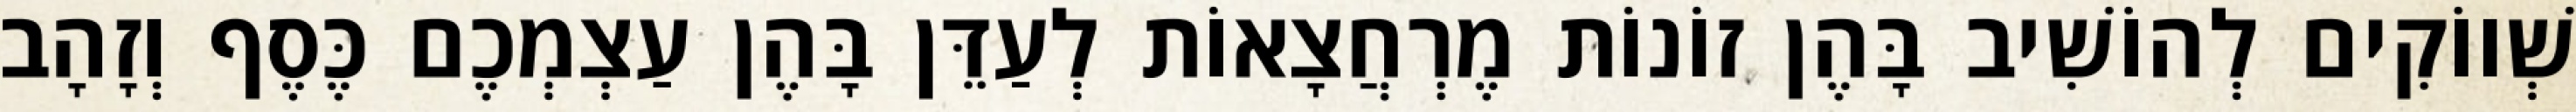
שְׁווֹקִים לְהוֹשִׁיב בָּהֶן זוֹנוֹת מֶרְחֲצָאוֹת לְעַדֵּן בָּהֶן עַצְמְכֶם כֶּסֶף וְזָהָב